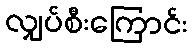
လျှပ်စီးကြောင်း